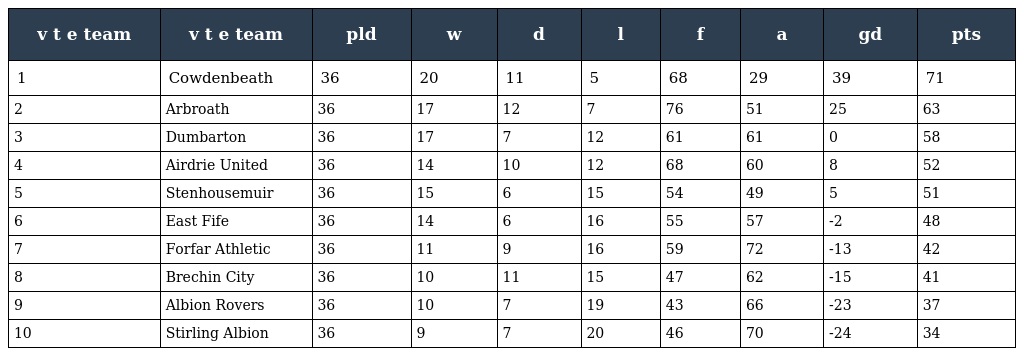
| v t e team | v t e team | pld | w | d | l | f | a | gd | pts |
 | --- | --- | --- | --- | --- | --- | --- | --- | --- | --- |
 | 1 | Cowdenbeath | 36 | 20 | 11 | 5 | 68 | 29 | 39 | 71 |
 | 2 | Arbroath | 36 | 17 | 12 | 7 | 76 | 51 | 25 | 63 |
 | 3 | Dumbarton | 36 | 17 | 7 | 12 | 61 | 61 | 0 | 58 |
 | 4 | Airdrie United | 36 | 14 | 10 | 12 | 68 | 60 | 8 | 52 |
 | 5 | Stenhousemuir | 36 | 15 | 6 | 15 | 54 | 49 | 5 | 51 |
 | 6 | East Fife | 36 | 14 | 6 | 16 | 55 | 57 | -2 | 48 |
 | 7 | Forfar Athletic | 36 | 11 | 9 | 16 | 59 | 72 | -13 | 42 |
 | 8 | Brechin City | 36 | 10 | 11 | 15 | 47 | 62 | -15 | 41 |
 | 9 | Albion Rovers | 36 | 10 | 7 | 19 | 43 | 66 | -23 | 37 |
 | 10 | Stirling Albion | 36 | 9 | 7 | 20 | 46 | 70 | -24 | 34 |